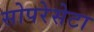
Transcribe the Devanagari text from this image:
सोपरेसेटा